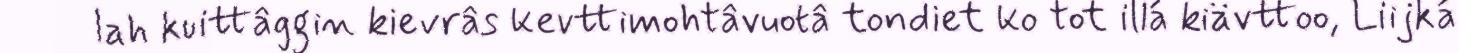
lah kuittâggin kievrâs kevttimohtâvuotâ tondiet ko tot illá kiävttoo, Liijká